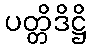
ပတ္တိဒိဋ္ဌိ